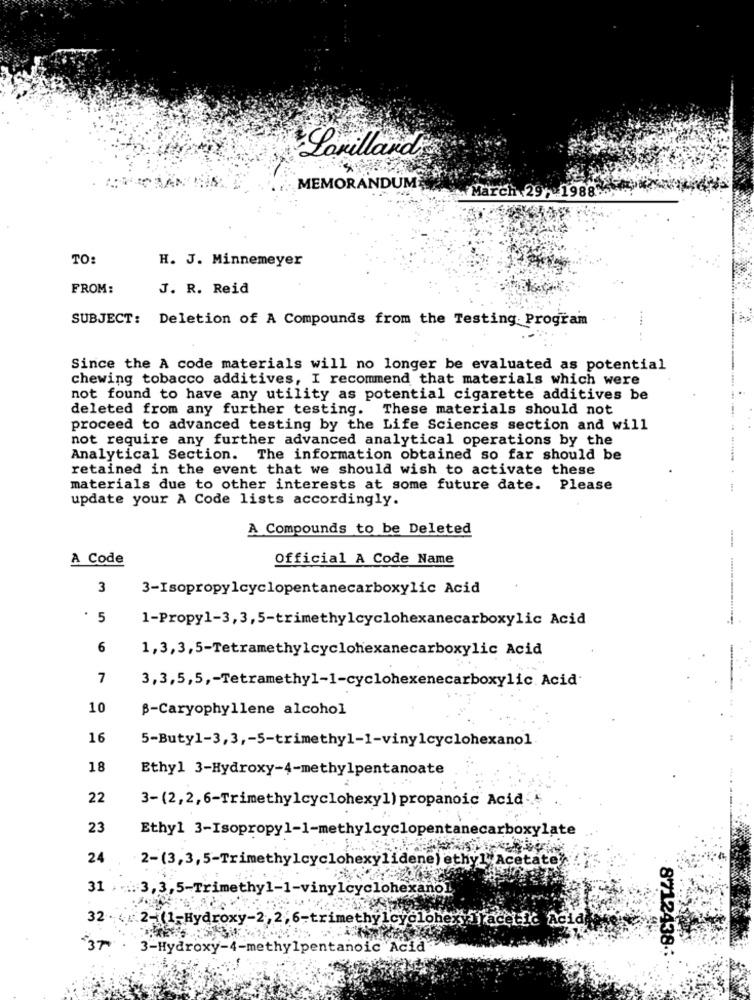
Lovilland
MEMORANDUM
March 29 . 1988
TO:
H. J. Minnemeyer
FROM:
J. R. Reid
SUBJECT: Deletion of A Compounds from the Testing Program
....
Since the A code materials will no longer be evaluated as potential
chewing tobacco additives, I recommend that materials which were
not found to have any utility as potential cigarette additives be
deleted from any further testing. These materials should not
proceed to advanced testing by the Life Sciences section and will
not require any further advanced analytical operations by the
Analytical Section. The information obtained so far should be
retained in the event that we should wish to activate these
materials due to other interests at some future date. Please
update your A Code lists accordingly.
A Compounds to be Deleted
A Code
Official A Code Name
3
3-Isopropylcyclopentanecarboxylic Acid
.
5
1-Propy1-3,3,5-trimethylcyclohexanecarboxylic Acid
6
1,3,3,5-Tetramethylcyclohexanecarboxylic Acid
7
3,3,5,5 ,- Tetramethyl-1-cyclohexenecarboxylic Acid
10
B-Caryophyllene alcohol
16
5-Butyl-3,3 ,- 5-trimethyl-1-vinylcyclohexanol
18
Ethyl 3-Hydroxy-4-methylpentanoate
22
3-(2,2,6-Trimethylcyclohexy1) propanoic Acid
23
Ethyl 3-Isopropyl-1-methylcyclopentanecarboxylate
24
2-(3,3,5-Trimethylcyclohexylidene) ethyl Acetate".
31
.: 3, 3,5-Trimethyl-1-vinylcyclohexano]
32. 2-1-Hydroxy-2, 2, 6-trimethylcyclohexy] acetic Acidke
37
3-Hydroxy-4-methylpentanoic Acid
8712438 .: